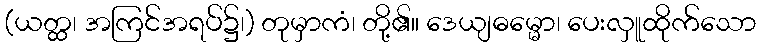
(ယတ္ထ၊ အကြင်အရပ်၌၊) တုမှာကံ၊ တို့၏။ ဒေယျဓမ္မော၊ ပေးလှူထိုက်သော